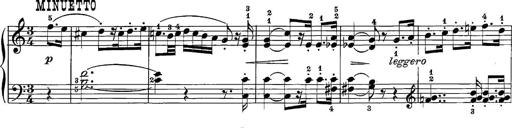
Title: 12 Sonatine per Pianoforte
Composer: Friedrich Kuhlau